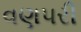
વણપરી